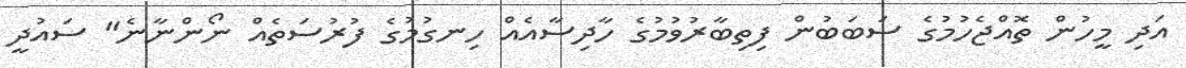
އަދި މީހުން ތޮއްޖެހުމުގެ ސަބަބުން ފިތިބާރުވުމުގެ ހާދިސާއެއް ހިނގުމުގެ ފުރުސަތެއް ނޯންނާނެ" ސައުދީ